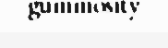
gummosity